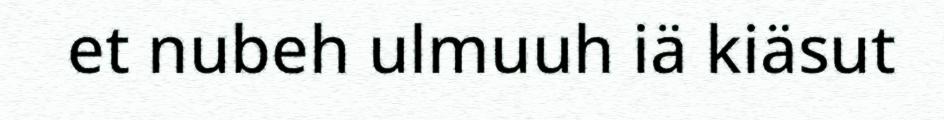
et nubeh ulmuuh iä kiäsut